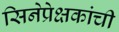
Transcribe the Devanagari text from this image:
सिनेप्रेक्षकांची